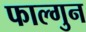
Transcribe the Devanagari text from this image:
फाल्‍गुन